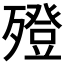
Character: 𣩟